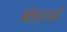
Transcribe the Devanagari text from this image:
बंडरर्स